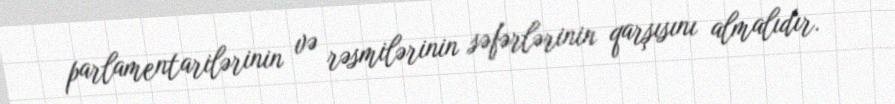
parlamentarilərinin və rəsmilərinin səfərlərinin qarşısını almalıdır.